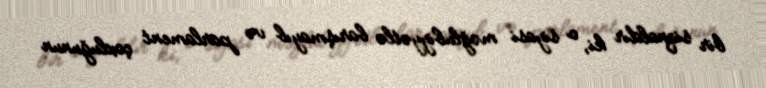
bir siqnaldır ki, o siyasi məğlubiyyətlə barışmayıb və parlament çoxluğunun